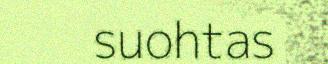
suohtas